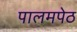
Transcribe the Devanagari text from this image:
पालमपेठ